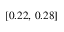
[ 0 . 2 2 , \, 0 . 2 8 ]